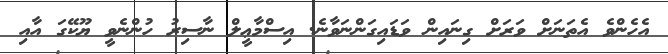
އެހެންވެ އެތަނަށް ވަރަށް ގިނައިން ވަޑައިގަންނަވާނެ. އިސްމާޢީލް ނާސިރު ހުންނެވީ ޔޫކޭގަ އާއި